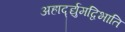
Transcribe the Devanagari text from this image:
अहार्द्द्युमद्विभाति